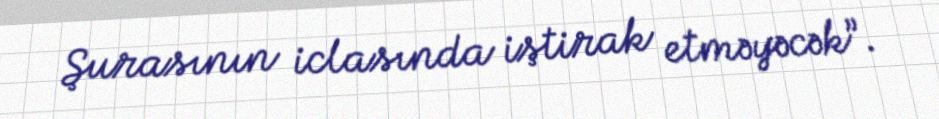
Şurasının iclasında iştirak etməyəcək”.